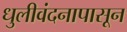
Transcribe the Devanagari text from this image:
धुलीवंदनापासून